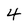
Character: 4